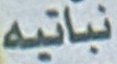
نباتیە